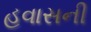
હવાસની